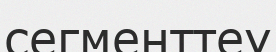
сегменттеу